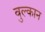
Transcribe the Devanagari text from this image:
वुल्कान